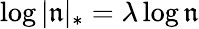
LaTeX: \log|\mathfrak{n}|_{*}=\lambda\log\mathfrak{n}